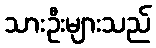
သားဦးများသည်